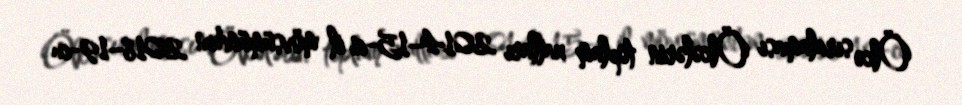
Ölkə sıralaması Ölkələrin toplam xalları 2014–15-ci il mövsümündən 2018–19-cu